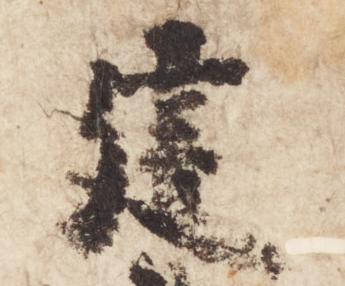
建